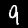
Digit: 9